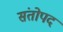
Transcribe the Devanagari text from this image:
संतोपद